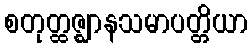
စတုတ္ထဇ္ဈာနသမာပတ္တိယာ